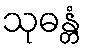
သုဓန္တံ